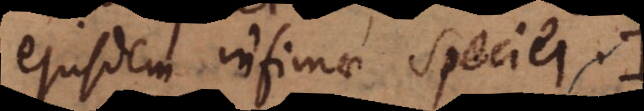
ejusdem infimae speciei.:)